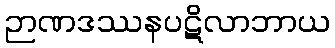
ဉာဏဒဿနပဋိလာဘာယ